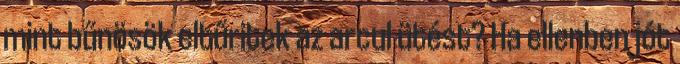
mint bűnösök eltűritek az arcul ütést? Ha ellenben jót